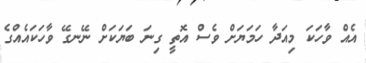
އެއް ވާހަކަ މިއަދާ ހަމަޔަށް ވެސް އޮތީ ގިނަ ބަޔަކަށް ނޭނގޭ ވާހަކައެއްގެ